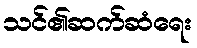
သင်၏ဆက်ဆံရေး